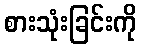
စားသုံးခြင်းကို